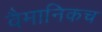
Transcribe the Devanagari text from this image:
वैमानिकच